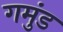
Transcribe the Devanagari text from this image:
गमुंड